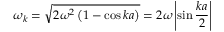
\omega _ { k } = { \sqrt { 2 \omega ^ { 2 } \left( 1 - \cos { k a } \right) } } = 2 \omega \left| \sin { \frac { k a } { 2 } } \right|